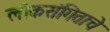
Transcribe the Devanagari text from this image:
लोकसंगिताचे